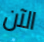
الآن